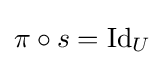
\pi \circ s=\operatorname {Id} _{U}